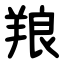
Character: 羪